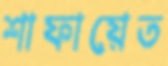
শাফায়েত